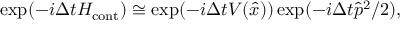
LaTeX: \exp ( - i \Delta t H _ { \mathrm { c o n t } } ) \cong \exp ( - i \Delta t V ( \hat { x } ) ) \exp ( - i \Delta t \hat { p } ^ { 2 } / 2 ) ,